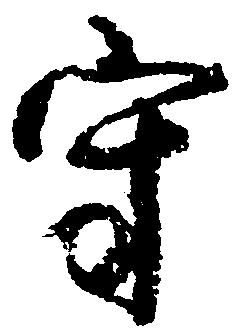
守